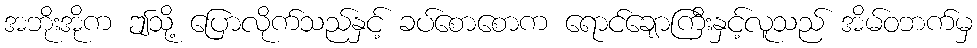
အဘိုးအိုက ဤသို့ ပြောလိုက်သည်နှင့် ခပ်စောစောက ရောင်ချောကြီးနှင့်လူသည် အိမ်ဝဘက်မှ